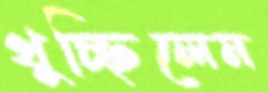
থুচ্ছিলেন